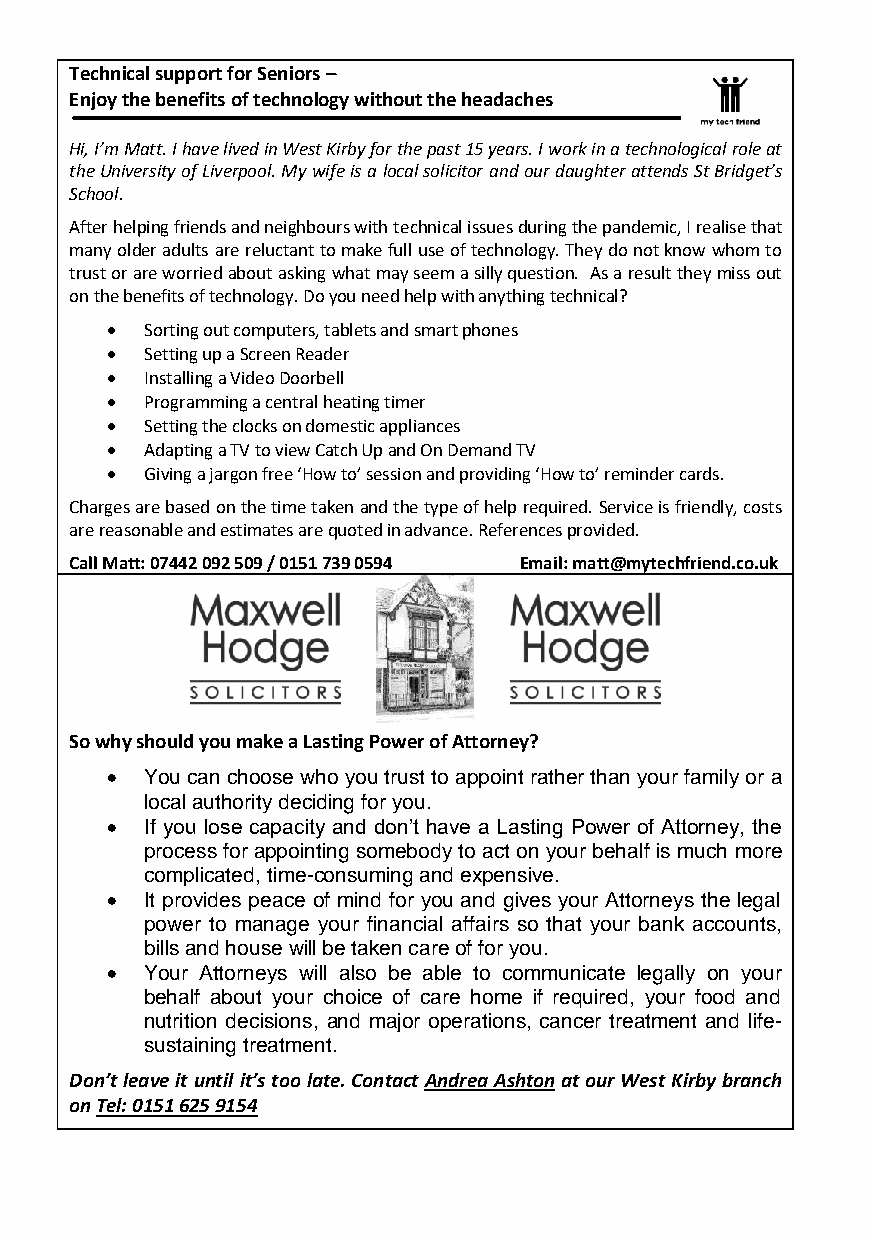
Technical support for Seniors –
 Enjoy the benefits of technology without the headaches
 Hi, I’m Matt. I have lived in West Kirby for the past 15 years. I work in a technological role at
 the University of Liverpool. My wife is a local solicitor and our daughter attends St Bridget’s
 School.
 After helping friends and neighbours with technical issues during the pandemic, I realise that
 many older adults are reluctant to make full use of technology. They do not know whom to
 trust or are worried about asking what may seem a silly question. As a result they miss out
 on the benefits of technology. Do you need help with anything technical?
 •  Sorting out computers, tablets and smart phones
 •  Setting up a Screen Reader
 •  Installing a Video Doorbell
 •  Programming a central heating timer
 •  Setting the clocks on domestic appliances
 •  Adapting a TV to view Catch Up and On Demand TV
 •  Giving a jargon free ‘How to’ session and providing ‘How to’ reminder cards.
 Charges are based on the time taken and the type of help required. Service is friendly, costs
 are reasonable and estimates are quoted in advance. References provided.
 Call Matt: 07442 092 509 / 0151 739 0594 Email: matt@mytechfriend.co.uk
 So why should you make a Lasting Power of Attorney?
 •  You can choose who you trust to appoint rather than your family or a
 local authority deciding for you.
 •  If you lose capacity and don’t have a Lasting Power of Attorney, the
 process for appointing somebody to act on your behalf is much more
 complicated, time-consuming and expensive.
 •  It provides peace of mind for you and gives your Attorneys the legal
 power to manage your financial affairs so that your bank accounts,
 bills and house will be taken care of for you.
 •  Your Attorneys will also be able to communicate legally on your
 behalf about your choice of care home if required, your food and
 nutrition decisions, and major operations, cancer treatment and life-
 sustaining treatment.
 Don’t leave it until it’s too late. Contact Andrea Ashton at our West Kirby branch
 on Tel: 0151 625 9154